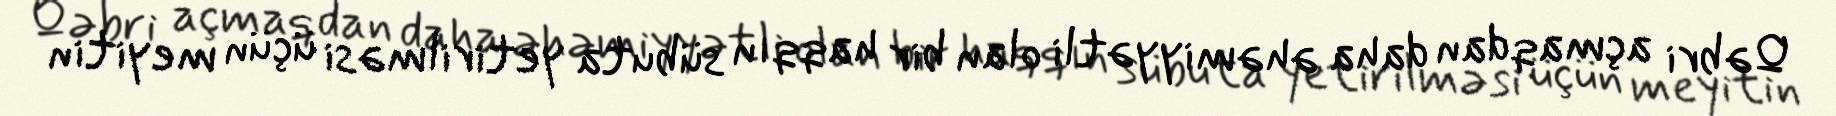
Qəbri açmaqdan daha əhəmiyyətli olan bir haqqın sübuta yetirilməsi üçün meyitin